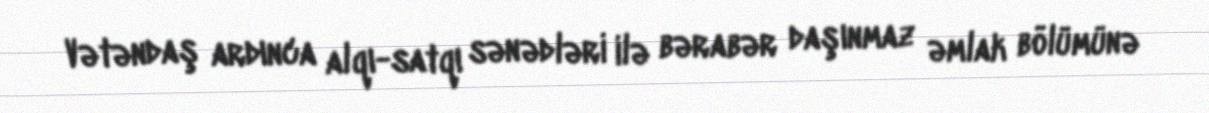
Vətəndaş ardınca alqı-satqı sənədləri ilə bərabər daşınmaz əmlak bölümünə